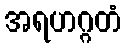
အရဟဂ္ဂတံ